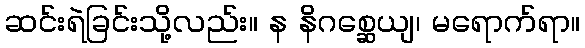
ဆင်းရဲခြင်းသို့လည်း။ န နိဂစ္ဆေယျ၊ မရောက်ရာ။